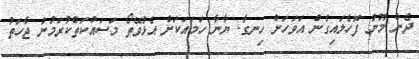
ދެން މޫނު ފޮހެލައިގެން އަވަހަށް ހިނގާ. ޔާނާ ހަމައަކަށް އެޅުވޭތޯ މަސައްކަތްކުރަމުން ޖާހަތު